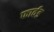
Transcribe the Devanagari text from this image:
फार्वड